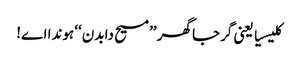
کلیسیا یعنی گرجا گھر ’’مسیح دا بدن‘‘ ہوندا اے!